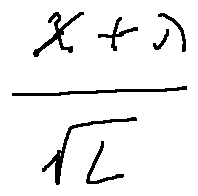
\frac { x + \lambda } { \sqrt { L } }